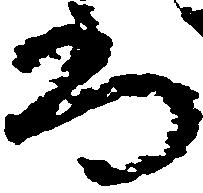
尚